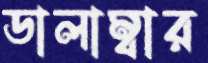
ডালাম্বার